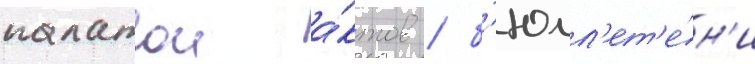
палатои а́ктов / б'юлл'ет'е́н'и